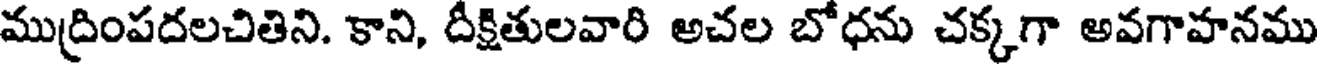
ముద్రింపదలచితిని. కాని, దీక్షితులవారి అచల బోధను చక్కగా అవగాహనము